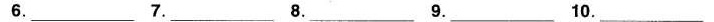
6.___ 7.___ 8.___ 9.___ 10.___